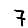
Digit: 7